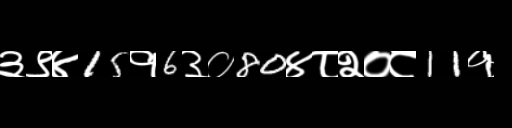
Text: ३९४15१6३०80४८२०८11१